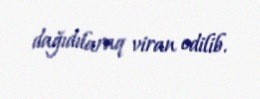
dağıdılaraq viran edilib.